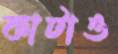
কাটাও